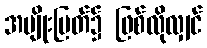
အမျိုးမြတ်၌ ဖြစ်လိုလျှင်